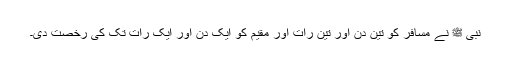
نبی ﷺ نے مسافر کو تین دن اور تین رات اور مقیم کو ایک دن اور ایک رات تک کی رخصت دی۔